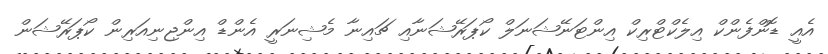
އެއީ ޑޮންފެންކް އިލެކްޓްރިކް އިންޓަނޭޝަނަލް ކޯޕަރޭޝަނާއި ޗައިނާ މެޝިނަރީ އެންޑް އިންޖިނިއަރިން ކޯޕަރޭޝަން